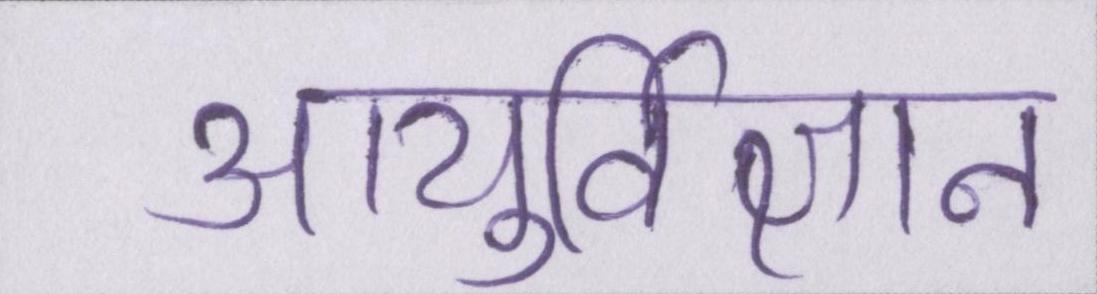
आयुर्विज्ञान